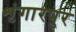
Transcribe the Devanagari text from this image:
शृंगारपुर